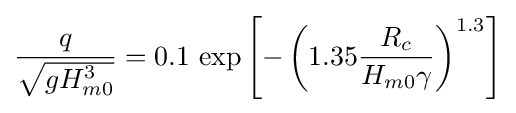
{\frac {q}{\sqrt {gH_{m0}^{3}}}}=0{.}1\,\exp \left[-\left(1{.}35{\frac {R_{c}}{H_{m0}\gamma }}\right)^{1{.}3}\right]